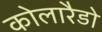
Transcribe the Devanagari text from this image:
कोलारैडो